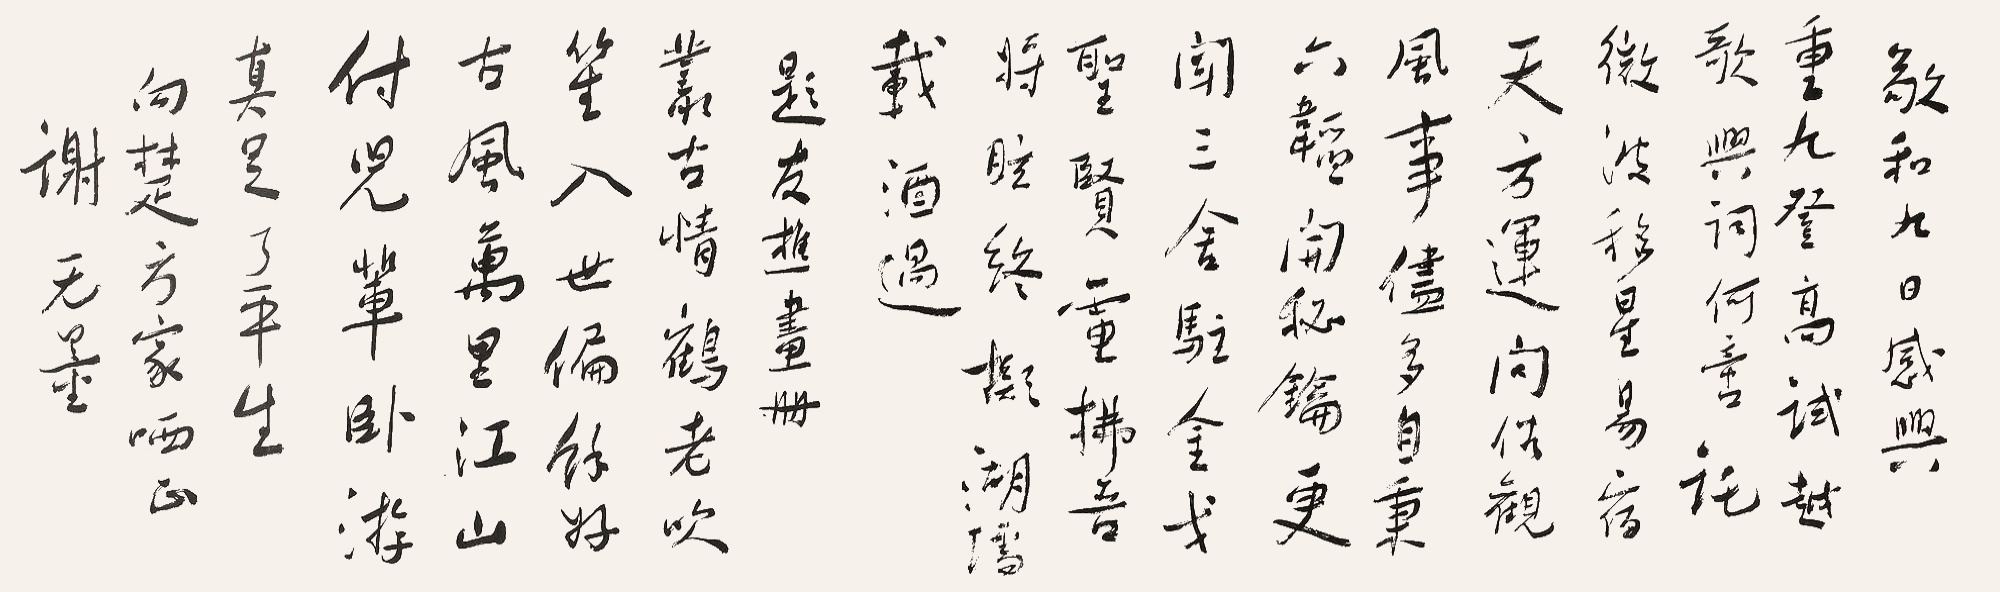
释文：《敬和九日感兴》：重九登高试越歌，兴词何啻托微波。移星易宿天方运，向俗观风事尽多，自秉六韬开秘𬬭。更闻三舍驻金戈，圣贤电拂吾将眩，终拟湖壖载酒过。《题友樵画册》：丛古情鹤老吹笙，入世偏余好古风。万里江山付儿辈，卧游真足了平生。向楚方家哂正，谢无量。